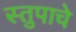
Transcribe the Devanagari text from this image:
स्तुपाचे